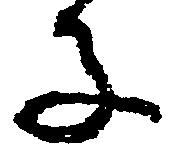
子